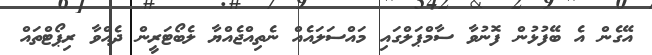
އޭގެން އެ ބޭފުޅުން ފޮނުވާ ސާމްޕަލްގައި މައްސަލައެއް ނެތިއްޖެއްޔާ ލެބޯޓަރީން ދެއްވާ ރިޕޯޓްތައް